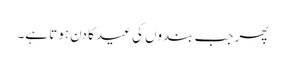
پھر جب بندوں کی عید کا دن ہوتا ہے۔